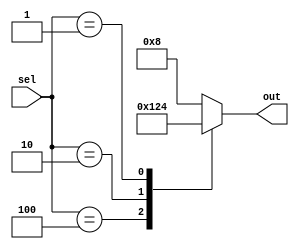
module priority_case_statement (
    input wire [2:0] sel,
    output reg [3:0] out
);

always @*
begin
    case (sel)
        3'b100: out = 4'b0001; // Highest priority condition
        3'b010: out = 4'b0010;
        3'b001: out = 4'b0100;
        default: out = 4'b1000; // Default condition
    endcase
end

endmodule